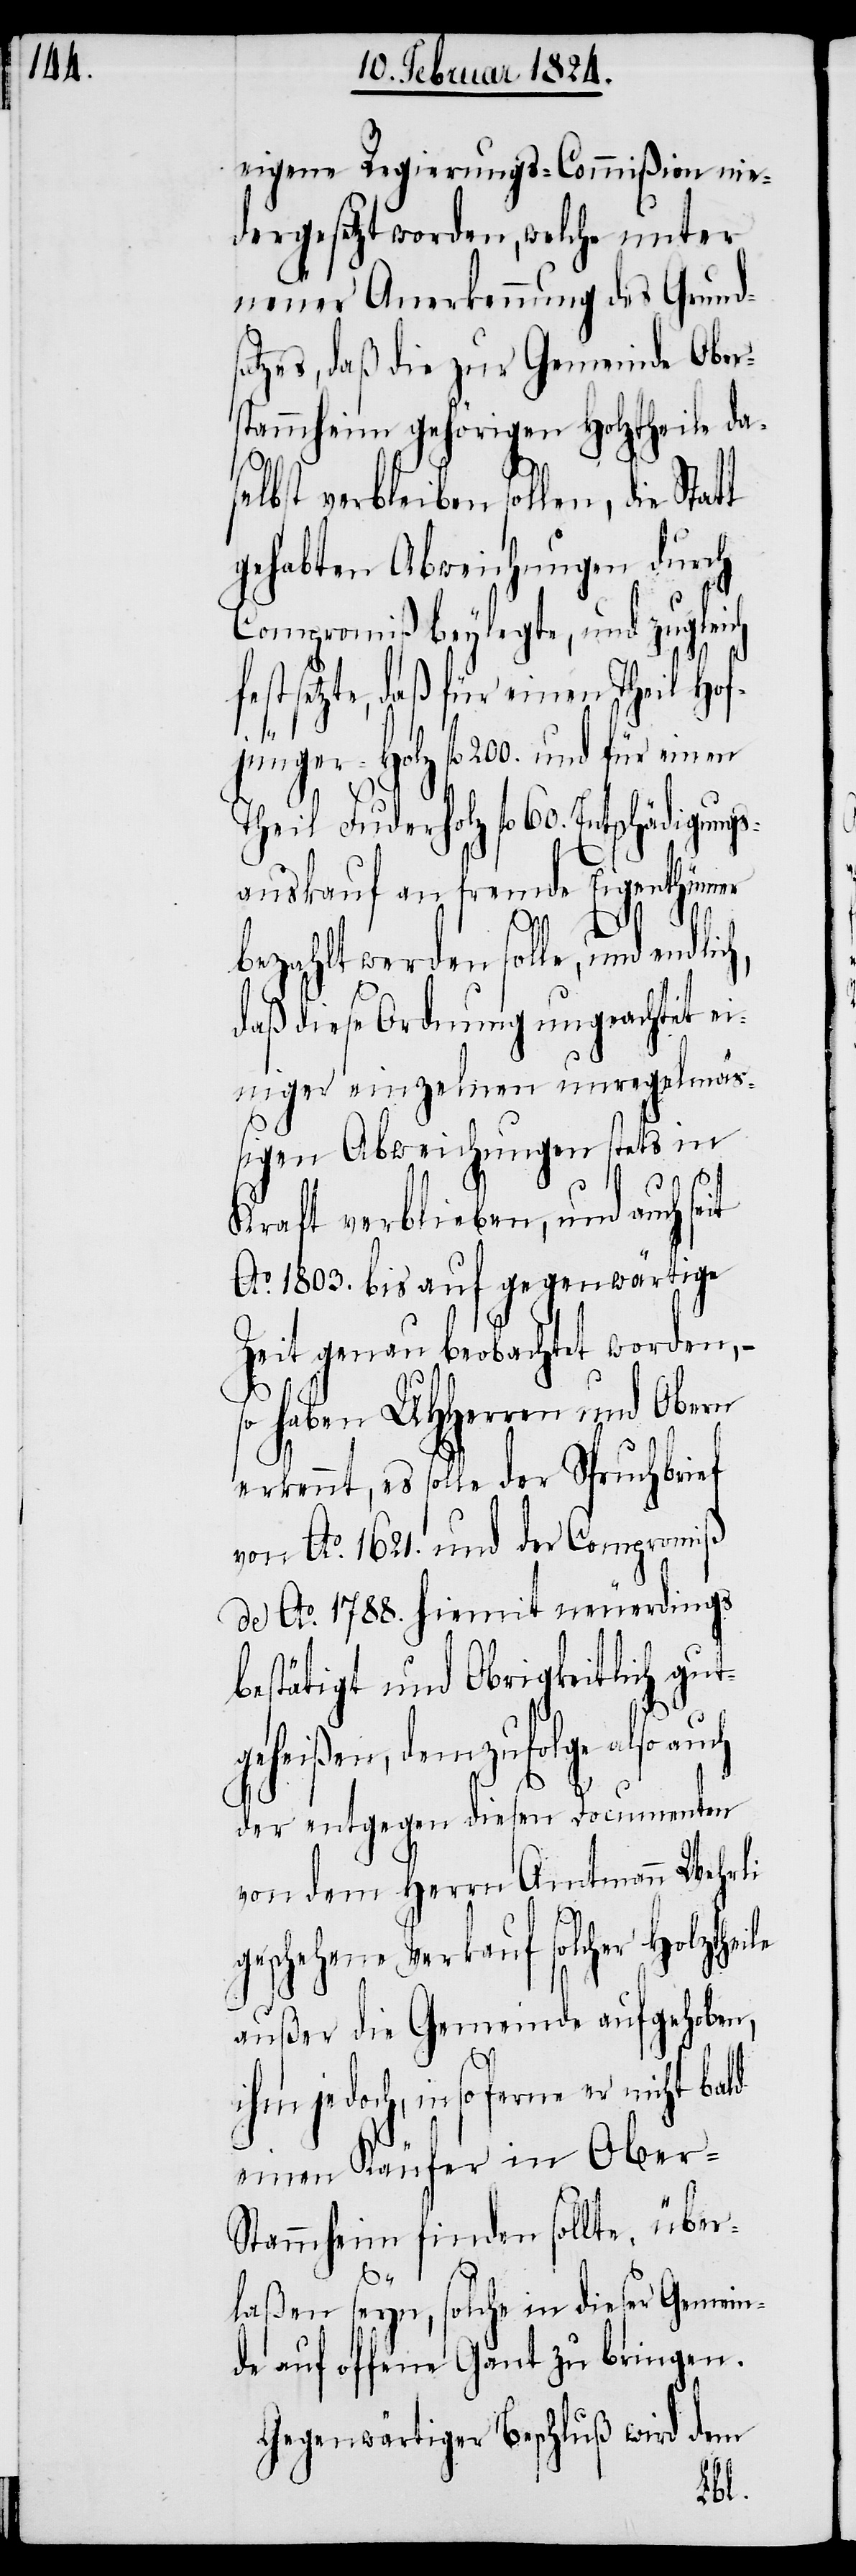
eigene Regierungs-Commißion nie¬
dergesetzt worden, welche unter
neuer Anerkennung des Grunds¬
atzes, daß die zur Gemeinde Ober¬
stammheim gehörigen Holztheile da¬
selbst verbleiben sollen, die Stat¬
gehabten Abweichungen durch
Compromiß beylegte, und zugleich
setzte, daß für einen Theil Hof¬
ger-Holz fl. 200. und für einen
Theil Fuderholz fl. 60. Entschädigung¬
sauskauf an fremde Eigenthümer
t
bezahlt werden solle, und endlich,
daß diese Ordnung ungeachtet ei¬
niger einzelnen unregelmä¬
ßigen Abweichungen stets in
Kraft verbleiben, und auch
Ao. 1803. bis auf gegenwärtige
Zeit genau beobachtet worden, –
so haben UHHerren und Obern
erkennt, es solle der Spruchbrief
von Ao. 1621. und der Compromiß
de Ao. 1788. hiemit neuerdings
bestätigt und Obrigkeitlich gut¬
geheißen, demzufolge also
der entgegen diesen Documenten
von dem Herrn Amtmann Wehrli
geschehene Verkauf solcher Holztheile
außer die Gemeinde aufgehoben,
ihm jedoch, insoferne er nicht bald
einen Käufer in Ober-S¬
tammheim finden sollte, über¬
laßen seyn, solche in dieser Gemein¬
de auf offene Gant zu bringen.
Gegenwärtiger Beschluß wird dem
jün¬